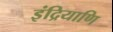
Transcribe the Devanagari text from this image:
इंद्रियाणि